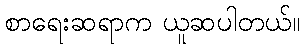
စာရေးဆရာက ယူဆပါတယ်။